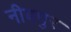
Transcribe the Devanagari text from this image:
नीबपुर